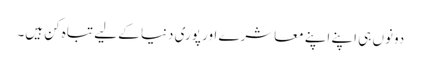
دونوں ہی اپنے اپنے معاشرے اور پوری دنیا کے لیے تباہ کن ہیں۔